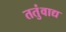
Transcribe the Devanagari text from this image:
ततुंवाद्य